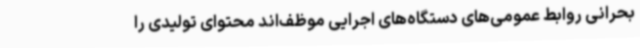
بحرانی روابط عمومی‌های دستگاه‌های اجرایی موظف‌اند محتوای تولیدی را